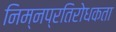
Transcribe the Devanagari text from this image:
निम्नप्रतिरोधकता